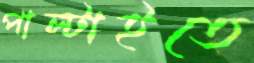
পাল্টাইতে